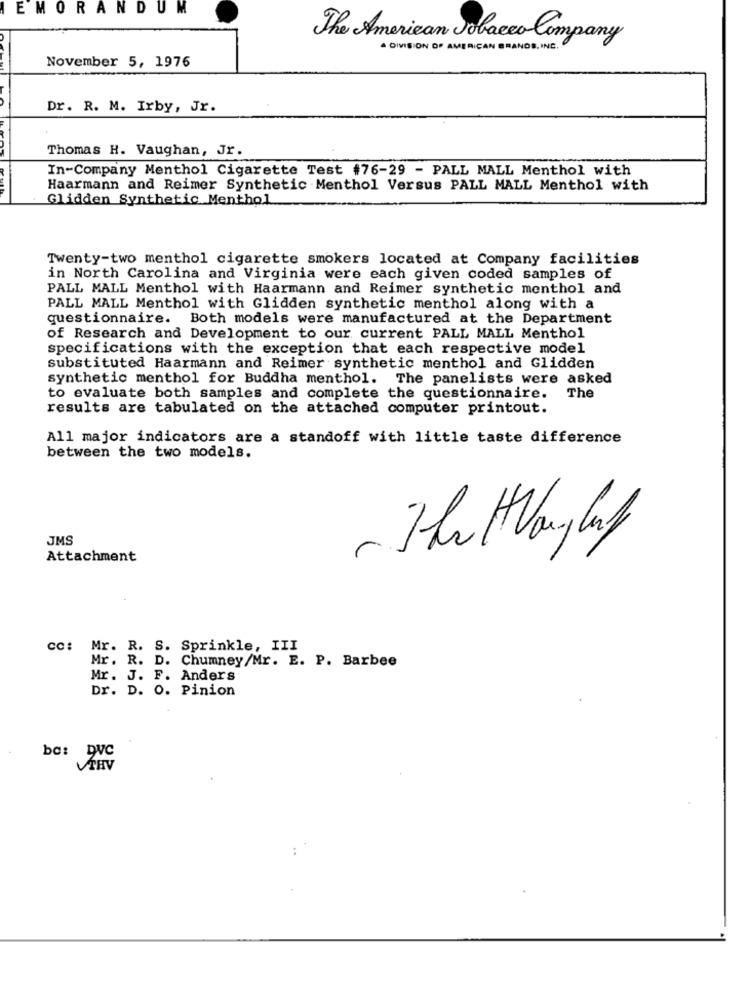
EMORANDUM
The American Tobacco Company
. DIVISION OF AMERICAN GRANDE , INC .
November 5, 1976
Dr. R. M. Irby, Jr.
Thomas H. Vaughan, Jr.
In-Company Menthol Cigarette Test #76-29 - PALL MALL Menthol with
Haarmann and Reimer Synthetic Menthol Versus PALL MALL Menthol with
Glidden Synthetic Menthol
Twenty-two menthol cigarette smokers located at Company facilities
in North Carolina and Virginia were each given coded samples of
PALL MALL Menthol with Haarmann and Reimer synthetic menthol and
PALL MALL Menthol with Glidden synthetic menthol along with a
questionnaire. Both models were manufactured at the Department
of Research and Development to our current PALL MALL Menthol
specifications with the exception that each respective model
substituted Haarmann and Reimer synthetic menthol and Glidden
synthetic menthol for Buddha menthol. The panelists were asked
to evaluate both samples and complete the questionnaire.
The
results are tabulated on the attached computer printout.
All major indicators are a standoff with little taste difference
between the two models.
JMS
Attachment
cc: Mr. R. S. Sprinkle, III
Mr. R. D. Chumney/Mr. E. P. Barbee
Mr. J. F. Anders
Dr. D. O. Pinion
ba: DVC
VIRV